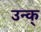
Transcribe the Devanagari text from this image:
उन्क्